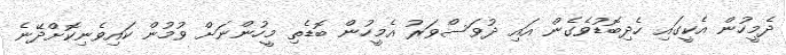
ދެމީހުން އެކީގައި ހެދިބޮޑުވެގެން އައި ދުވަސްވަރު އެމީހުން ބޮޑެތި މީހުންނަށް ވުމުން ކައިވެނިކޮށްދޭނެ